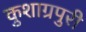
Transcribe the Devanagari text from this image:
कुशाग्रपुरी